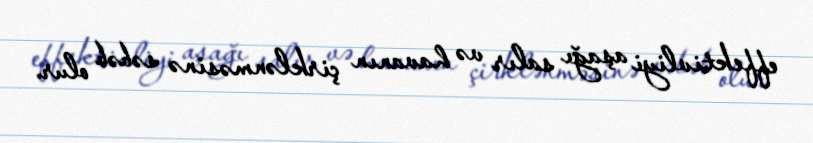
effektivliyi aşağı salır və havanın çirklənməsinə səbəb olur.